Mental hospitals Bombay report 1921-28 - 1921-1928
Year: 1921
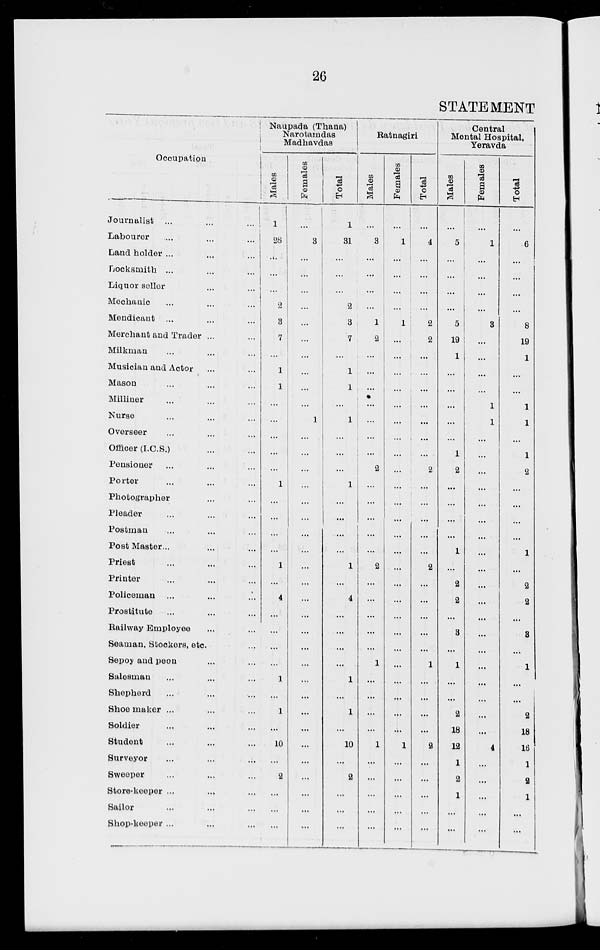
26
STATEMENT
Occupation
Journalist ...
...
...
Labourer
...
...
...
Land holder ...
...
...
Locksmith ...
...
...
Liquor seller... ... ...
Mechanic... ... ...
Mendicant ...
...
...
Merchant and Trader ...
...
Milkman... ... ...
Musician and Actor... ...
Mason... ... ...
Milliner... ... ...
Nurse... ... ...
Overseer... ... ...
Officer (I.C.S.)... ...
Pensioner... ... ...
Porter... ... ...
Photographer... ...
Pleader... ... ...
Postman... ... ...
Post Master... ... ...
Priest... ... ...
Printer... ... ...
Policeman ...
...
...
Prostitute... ... ...
Railway Employee... ...
Seaman, Stockers, etc...
Sepoy and peon... ... ...
Salesman... ... ...
Shepherd... ... ...
Shoe maker ... ... ...
Soldier... ... ...
Student... ... ...
Surveyor... ... ...
Sweeper... ... ...
Store-keeper ... ... ...
Sailor... ... ...
Shop-keeper ... ... ...
Naupada (Thana)
Narotamdas
Madhavdas
Males
1
28
...
...
...
2
3
7
...
1
1
...
...
...
...
...
1
...
...
...
...
1
...
4
...
...
...
...
1
...
1
...
10
...
2
...
...
...
Females
...
3
...
...
...
...
...
...
...
...
...
...
1
...
...
...
...
...
...
...
...
...
...
...
...
...
...
...
...
...
...
...
...
...
...
...
...
...
Total
1
31
...
...
...
2
3
7
...
1
1
...
1
...
...
...
1
...
...
...
...
1
...
4
...
...
...
...
1
...
1
...
10
...
2
...
...
...
Ratnagiri
Males
...
3
...
...
...
...
1
2
...
...
...
...
...
...
...
2
...
...
...
...
...
2
...
...
...
...
...
1
...
...
...
...
1
...
...
...
...
...
Females
...
1
...
...
...
...
1
...
...
...
...
...
...
...
...
...
...
...
...
...
...
...
...
...
...
...
...
...
...
...
...
...
1
...
...
...
...
...
Total
...
4
...
...
...
...
2
2
...
...
...
...
...
...
...
2
...
...
...
...
...
2
...
...
...
...
...
1
...
...
...
...
2
...
...
...
...
...
Central
Mental Hospital,
Yeravda
Males
...
5
...
...
...
...
5
19
1
...
...
...
...
...
1
2
...
...
...
...
1
...
2
2
...
3
...
1
...
...
2
18
12
1
2
1
...
...
Females
...
1
...
...
...
...
3
...
...
. . .
...
1
1
...
...
...
...
...
...
...
...
...
...
...
...
...
...
...
...
...
...
...
4
...
...
...
...
...
Total
...
6
...
...
...
...
8
19
1
...
...
1
1
...
1
2
...
...
...
...
1
...
2
2
...
3
...
1
...
...
2
18
16
1
2
1
...
...